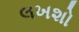
લખશો